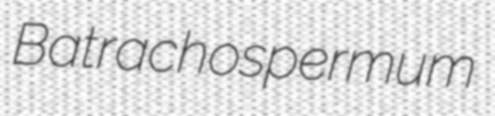
Batrachospermum